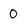
Character: 0